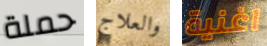
حملة والعلاج اغنية